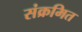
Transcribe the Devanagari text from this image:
संक्रमित